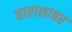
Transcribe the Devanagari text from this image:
ताराशाबर